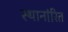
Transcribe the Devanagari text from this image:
स्थानांरित